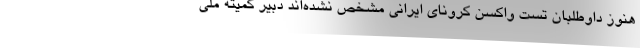
هنوز داوطلبان تست واکسن کرونای ایرانی مشخص نشده‌اند دبیر کمیته ملی